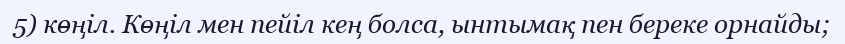
5) көңіл. Көңіл мен пейіл кең болса, ынтымақ пен береке орнайды;